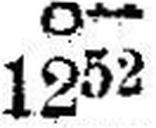
1252